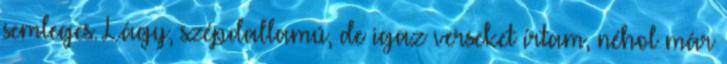
semleges. Lágy, szépdallamú, de igaz verseket írtam, néhol már